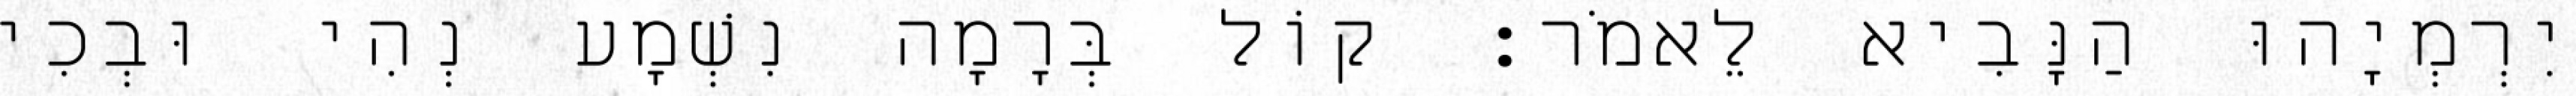
יִרְמְיָהוּ הַנָּבִיא לֵאמֹר׃ קוֹל בְּרָמָה נִשְׁמָע נְהִי וּבְכִי